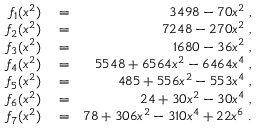
\begin{array} { r l r } { f _ { 1 } ( x ^ { 2 } ) } & { { } = } & { 3 4 9 8 - 7 0 x ^ { 2 } \; , } \\ { f _ { 2 } ( x ^ { 2 } ) } & { { } = } & { 7 2 4 8 - 2 7 0 x ^ { 2 } \; , } \\ { f _ { 3 } ( x ^ { 2 } ) } & { { } = } & { 1 6 8 0 - 3 6 x ^ { 2 } \; , } \\ { f _ { 4 } ( x ^ { 2 } ) } & { { } = } & { 5 5 4 8 + 6 5 6 4 x ^ { 2 } - 6 4 6 4 x ^ { 4 } \; , } \\ { f _ { 5 } ( x ^ { 2 } ) } & { { } = } & { 4 8 5 + 5 5 6 x ^ { 2 } - 5 5 3 x ^ { 4 } \; , } \\ { f _ { 6 } ( x ^ { 2 } ) } & { { } = } & { 2 4 + 3 0 x ^ { 2 } - 3 0 x ^ { 4 } \; , } \\ { f _ { 7 } ( x ^ { 2 } ) } & { { } = } & { 7 8 + 3 0 6 x ^ { 2 } - 3 1 0 x ^ { 4 } + 2 2 x ^ { 6 } \; . } \end{array}